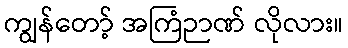
ကျွန်တော့် အကြံဉာဏ် လိုလား။